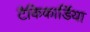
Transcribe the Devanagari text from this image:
टैकिकार्डिया